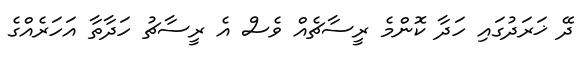
ދޭ ޚަރަދުގައި ހަދާ ކޮންމެ ރީސާޗެއް ވެސް އެ ރީސާޗު ހަދާތާ އަހަރެއްގެ